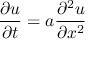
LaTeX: { \frac { \partial u } { \partial t } } = a { \frac { \partial ^ { 2 } u } { \partial x ^ { 2 } } }